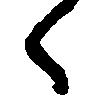
候